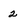
Character: 2